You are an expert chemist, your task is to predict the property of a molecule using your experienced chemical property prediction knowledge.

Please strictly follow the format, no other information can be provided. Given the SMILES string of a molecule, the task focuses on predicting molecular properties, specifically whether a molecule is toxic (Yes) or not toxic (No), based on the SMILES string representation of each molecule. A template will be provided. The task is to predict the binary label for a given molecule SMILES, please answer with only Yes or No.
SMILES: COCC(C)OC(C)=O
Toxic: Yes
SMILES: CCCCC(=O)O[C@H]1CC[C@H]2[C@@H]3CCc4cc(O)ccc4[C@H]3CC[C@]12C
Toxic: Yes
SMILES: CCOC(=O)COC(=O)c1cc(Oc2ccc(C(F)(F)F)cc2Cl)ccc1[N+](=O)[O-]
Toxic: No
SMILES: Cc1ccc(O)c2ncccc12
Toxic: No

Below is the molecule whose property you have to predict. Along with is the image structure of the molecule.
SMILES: COc1ccc2[nH]c(SCc3ncc(C)c(OC)c3C)nc2c1
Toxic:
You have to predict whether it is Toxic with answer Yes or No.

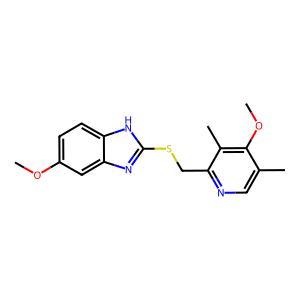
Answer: No